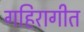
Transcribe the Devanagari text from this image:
गहिरागीत